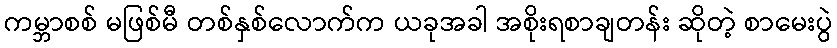
ကမ္ဘာစစ် မဖြစ်မီ တစ်နှစ်လောက်က ယခုအခါ အစိုးရစာချတန်း ဆိုတဲ့ စာမေးပွဲ